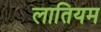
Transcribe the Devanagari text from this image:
लातियम